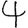
Digit: 4